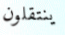
ينتقلون